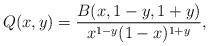
LaTeX: \begin{align*}Q(x,y)\allowbreak =\allowbreak \frac{B(x,1-y,1+y)}{x^{1-y}(1-x)^{1+y}},\end{align*}